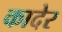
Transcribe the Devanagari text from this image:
कादेर